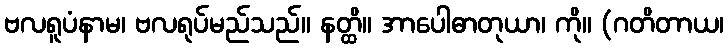
ဗလရူပံနာမ၊ ဗလရုပ်မည်သည်။ နတ္ထိ။ အာပေါဓာတုယာ၊ ကို။ (ဂတိတာယ၊